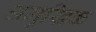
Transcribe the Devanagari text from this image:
अमुखिक